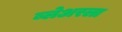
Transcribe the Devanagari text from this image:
ब्लेअरला